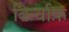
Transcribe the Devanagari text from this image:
किर्चाफ़